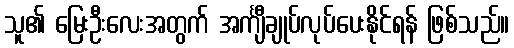
သူ၏ မြေးဦးလေးအတွက် အင်္ကျီချုပ်လုပ်ပေးနိုင်ရန် ဖြစ်သည်။